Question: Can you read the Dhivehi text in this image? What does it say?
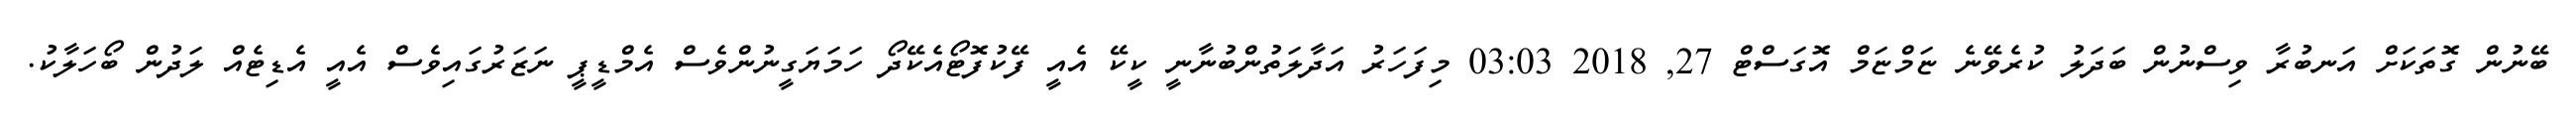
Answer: ބޭނުން ގޮތަކަށް އަނބުރާ ވިސްނުން ބަދަލު ކުރެވޭނެ ޏަމްޏަމް އޮގަސްޓް 27, 2018 03:03 މިފަހަރު އަދާލަތުންބުނާނީ ކީކޭ އެއީ ފޭކުފޮޓޯއެކޭދޯ ހަމަޔަގީނުންވެސް އެމްޑީޕީ ނަޒަރުގައިވެސް އެއީ އެޑިޓެއް ލަދުން ބޯހަލާކު.